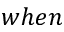
w h e n